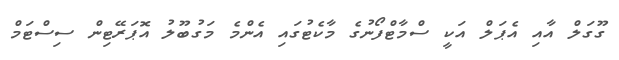
ގޫގަލް އާއި އެޕަލް އަކީ ސްމާޓްފޯނުގެ މާކެޓުގައި އެންމެ މަގުބޫލު އޮޕަރޭޓިން ސިސްޓަމް